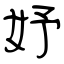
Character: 妤